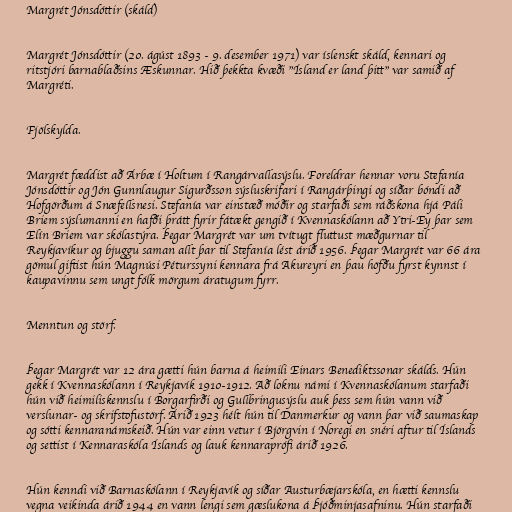
Margrét Jónsdóttir (skáld)

Margrét Jónsdóttir (20. ágúst 1893 - 9. desember 1971) var íslenskt skáld, kennari og
ritstjóri barnablaðsins Æskunnar. Hið þekkta kvæði "Ísland er land þitt" var samið af
Margréti.

Fjölskylda.

Margrét fæddist að Árbæ í Holtum í Rangárvallasýslu. Foreldrar hennar voru Stefanía
Jónsdóttir og Jón Gunnlaugur Sigurðsson sýsluskrifari í Rangárþingi og síðar bóndi að
Hofgörðum á Snæfellsnesi. Stefanía var einstæð móðir og starfaði sem ráðskona hjá Páli
Briem sýslumanni en hafði þrátt fyrir fátækt gengið í Kvennaskólann að Ytri-Ey þar sem
Elín Briem var skólastýra. Þegar Margrét var um tvítugt fluttust mæðgurnar til
Reykjavíkur og bjuggu saman allt þar til Stefanía lést árið 1956. Þegar Margrét var 66 ára
gömul giftist hún Magnúsi Péturssyni kennara frá Akureyri en þau höfðu fyrst kynnst í
kaupavinnu sem ungt fólk mörgum áratugum fyrr.

Menntun og störf.

Þegar Margrét var 12 ára gætti hún barna á heimili Einars Benediktssonar skálds. Hún
gekk í Kvennaskólann í Reykjavík 1910-1912. Að loknu námi í Kvennaskólanum starfaði
hún við heimiliskennslu í Borgarfirði og Gullbringusýslu auk þess sem hún vann við
verslunar- og skrifstofustörf. Árið 1923 hélt hún til Danmerkur og vann þar við saumaskap
og sótti kennaranámskeið. Hún var einn vetur í Björgvin í Noregi en snéri aftur til Íslands
og settist í Kennaraskóla Íslands og lauk kennaraprófi árið 1926.

Hún kenndi við Barnaskólann í Reykjavík og síðar Austurbæjarskóla, en hætti kennslu
vegna veikinda árið 1944 en vann lengi sem gæslukona á Þjóðminjasafninu. Hún starfaði